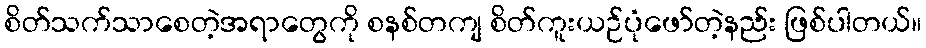
စိတ်သက်သာစေတဲ့အရာတွေကို စနစ်တကျ စိတ်ကူးယဉ်ပုံဖော်တဲ့နည်း ဖြစ်ပါတယ်။